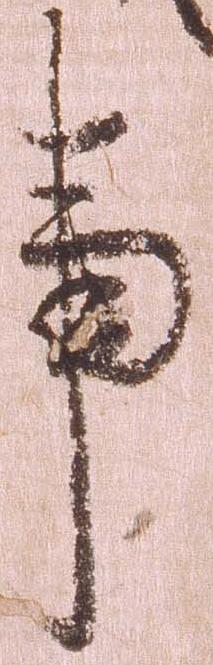
事